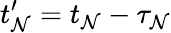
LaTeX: t_{\mathcal{N}}^{\prime}=t_{\mathcal{N}}-\tau_{\mathcal{N}}